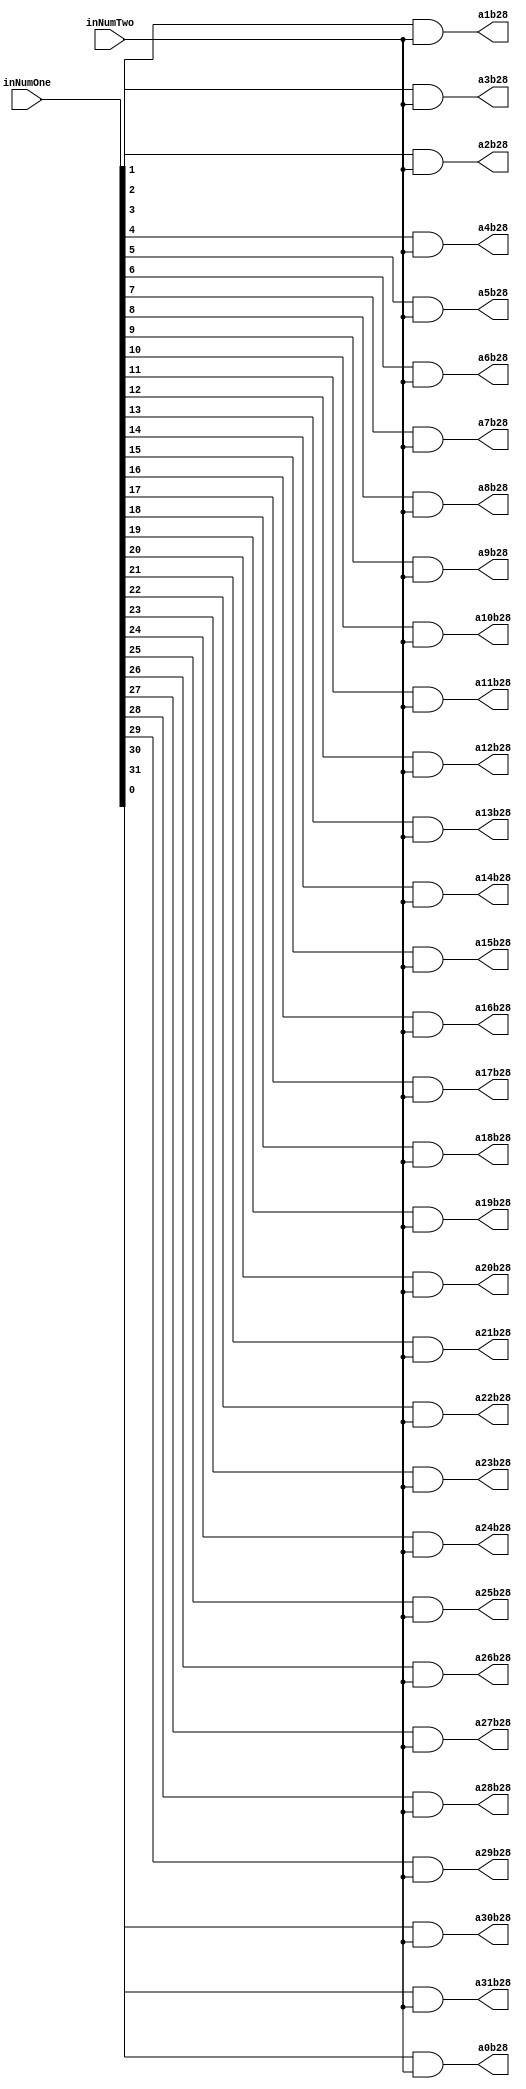
`timescale 1ns / 1ps

module PartialProductRow28(inNumOne,inNumTwo,a0b28,a1b28,a2b28,a3b28,a4b28,a5b28,a6b28,a7b28,a8b28,a9b28,a10b28,a11b28,a12b28,a13b28,a14b28,a15b28,a16b28,a17b28,a18b28,a19b28,a20b28,a21b28,a22b28,a23b28,a24b28,a25b28,a26b28,a27b28,a28b28,a29b28,a30b28,a31b28);
input [31:0] inNumOne;
input inNumTwo;
output reg a0b28,a1b28,a2b28,a3b28,a4b28,a5b28,a6b28,a7b28,a8b28,a9b28,a10b28,a11b28,a12b28,a13b28,a14b28,a15b28,a16b28,a17b28,a18b28,a19b28,a20b28,a21b28,a22b28,a23b28,a24b28,a25b28,a26b28,a27b28,a28b28,a29b28,a30b28,a31b28;

always@(inNumOne,inNumTwo)begin
	a0b28 <= inNumOne[0] & inNumTwo;
	a1b28 <= inNumOne[1] & inNumTwo;
	a2b28 <= inNumOne[2] & inNumTwo;
	a3b28 <= inNumOne[3] & inNumTwo;
	a4b28 <= inNumOne[4] & inNumTwo;
	a5b28 <= inNumOne[5] & inNumTwo;
	a6b28 <= inNumOne[6] & inNumTwo;
	a7b28 <= inNumOne[7] & inNumTwo;
	a8b28 <= inNumOne[8] & inNumTwo;
	a9b28 <= inNumOne[9] & inNumTwo;
	a10b28 <= inNumOne[10] & inNumTwo;
	a11b28 <= inNumOne[11] & inNumTwo;
	a12b28 <= inNumOne[12] & inNumTwo;
	a13b28 <= inNumOne[13] & inNumTwo;
	a14b28 <= inNumOne[14] & inNumTwo;
	a15b28 <= inNumOne[15] & inNumTwo;
	a16b28 <= inNumOne[16] & inNumTwo;
	a17b28 <= inNumOne[17] & inNumTwo;
	a18b28 <= inNumOne[18] & inNumTwo;
	a19b28 <= inNumOne[19] & inNumTwo;
	a20b28 <= inNumOne[20] & inNumTwo;
	a21b28 <= inNumOne[21] & inNumTwo;
	a22b28 <= inNumOne[22] & inNumTwo;
	a23b28 <= inNumOne[23] & inNumTwo;
	a24b28 <= inNumOne[24] & inNumTwo;
	a25b28 <= inNumOne[25] & inNumTwo;
	a26b28 <= inNumOne[26] & inNumTwo;
	a27b28 <= inNumOne[27] & inNumTwo;
	a28b28 <= inNumOne[28] & inNumTwo;
	a29b28 <= inNumOne[29] & inNumTwo;
	a30b28 <= inNumOne[30] & inNumTwo;
	a31b28 <= inNumOne[31] & inNumTwo;
end

endmodule